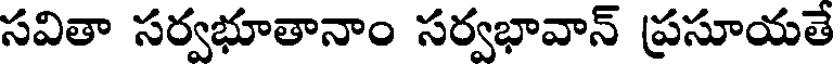
సవితా సర్వభూతానాం సర్వభావాన్ ప్రసూయతే